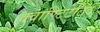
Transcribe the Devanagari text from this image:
क्वाण्टिटेटिव